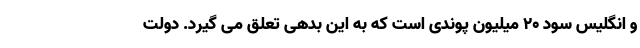
و انگلیس سود ۲۰ میلیون پوندی است که به این بدهی تعلق می گیرد. دولت